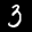
Label: 3